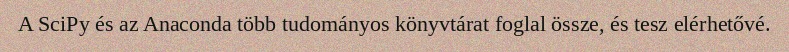
A SciPy és az Anaconda több tudományos könyvtárat foglal össze, és tesz elérhetővé.